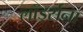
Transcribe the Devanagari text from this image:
लॉर्ड्सना